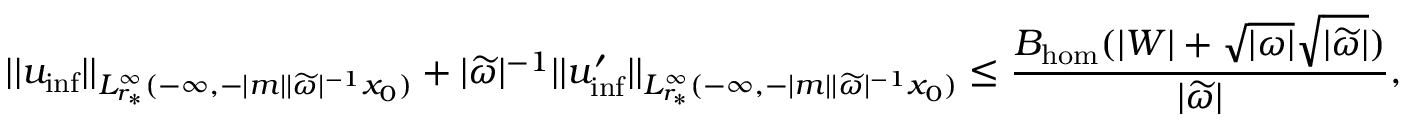
| | u _ { \mathrm { i n f } } | | _ { L _ { r _ { * } } ^ { \infty } ( - \infty , - | m | | \widetilde { \omega } | ^ { - 1 } x _ { 0 } ) } + | \widetilde { \omega } | ^ { - 1 } | | u _ { \mathrm { i n f } } ^ { \prime } | | _ { L _ { r _ { * } } ^ { \infty } ( - \infty , - | m | | \widetilde { \omega } | ^ { - 1 } x _ { 0 } ) } \leq \frac { B _ { \mathrm { h o m } } ( | W | + \sqrt { | \omega | } \sqrt { | \widetilde { \omega } | } ) } { | \widetilde { \omega } | } ,